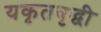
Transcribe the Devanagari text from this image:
यकृतवृद्धी